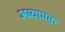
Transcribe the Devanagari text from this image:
अव्यापक